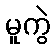
မူကွဲ